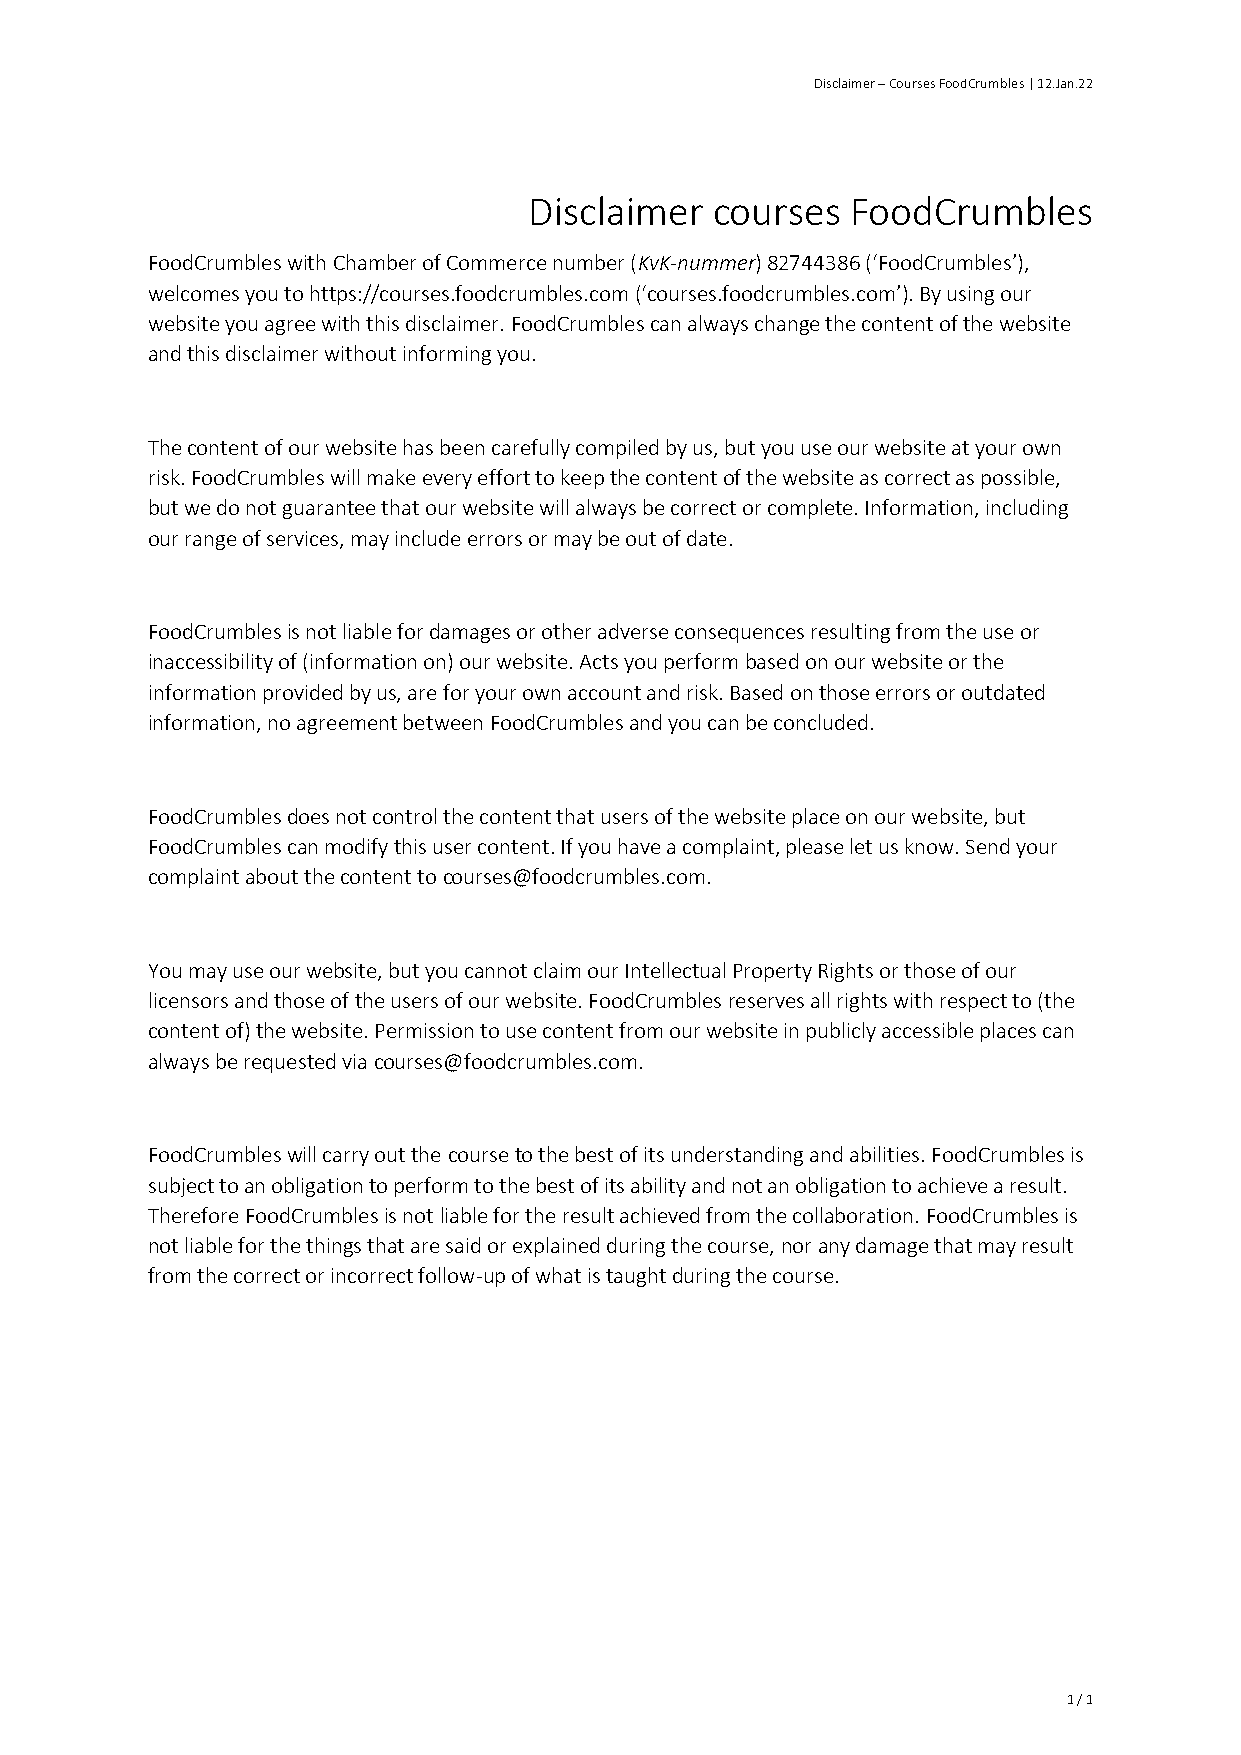
Disclaimer – Courses FoodCrumbles | 12.Jan.22
 Disclaimer  courses  FoodCrumbles
 FoodCrumbles with Chamber of Commerce number (KvK-nummer) 82744386 (‘FoodCrumbles’),
 welcomes you to https://courses.foodcrumbles.com (‘courses.foodcrumbles.com’). By using our
 website you agree with this disclaimer. FoodCrumbles can always change the content of the website
 and this disclaimer without informing you.
 The content of our website has been carefully compiled by us, but you use our website at your own
 risk. FoodCrumbles will make every effort to keep the content of the website as correct as possible,
 but we do not guarantee that our website will always be correct or complete. Information, including
 our range of services, may include errors or may be out of date.
 FoodCrumbles is not liable for damages or other adverse consequences resulting from the use or
 inaccessibility of (information on) our website. Acts you perform based on our website or the
 information provided by us, are for your own account and risk. Based on those errors or outdated
 information, no agreement between FoodCrumbles and you can be concluded.
 FoodCrumbles does not control the content that users of the website place on our website, but
 FoodCrumbles can modify this user content. If you have a complaint, please let us know. Send your
 complaint about the content to courses@foodcrumbles.com.
 You may use our website, but you cannot claim our Intellectual Property Rights or those of our
 licensors and those of the users of our website. FoodCrumbles reserves all rights with respect to (the
 content of) the website. Permission to use content from our website in publicly accessible places can
 always be requested via courses@foodcrumbles.com.
 FoodCrumbles will carry out the course to the best of its understanding and abilities. FoodCrumbles is
 subject to an obligation to perform to the best of its ability and not an obligation to achieve a result.
 Therefore FoodCrumbles is not liable for the result achieved from the collaboration. FoodCrumbles is
 not liable for the things that are said or explained during the course, nor any damage that may result
 from the correct or incorrect follow-up of what is taught during the course.
 1 / 1